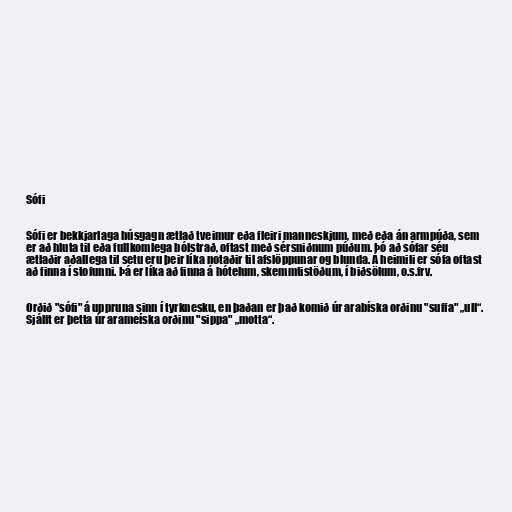
Sófi

Sófi er bekkjarlaga húsgagn ætlað tveimur eða fleiri manneskjum, með eða án armpúða, sem
er að hluta til eða fullkomlega bólstrað, oftast með sérsniðnum púðum. Þó að sófar séu
ætlaðir aðallega til setu eru þeir líka notaðir til afslöppunar og blunda. Á heimili er sófa oftast
að finna í stofunni. Þá er líka að finna á hótelum, skemmtistöðum, í biðsölum, o.s.frv.

Orðið "sófi" á uppruna sinn í tyrknesku, en þaðan er það komið úr arabíska orðinu "suffa" „ull“.
Sjálft er þetta úr arameíska orðinu "sippa" „motta“.